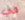
في